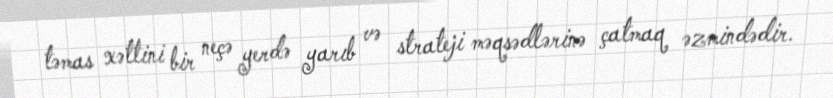
təmas xəttini bir neçə yerdə yarıb və strateji məqsədlərinə çatmaq əzmindədir.